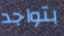
بتواجد